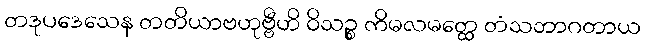
တဒုပဒေသေန တတိယာဗဟုဗ္ဗီဟိ ဝိသဉ္စ ကိမလမတ္ထေ တံသဘာဂတာယ